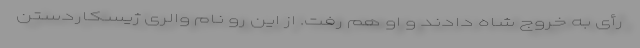
رأی به خروج شاه دادند و او هم رفت. از این رو نام والری ژیسکاردستن